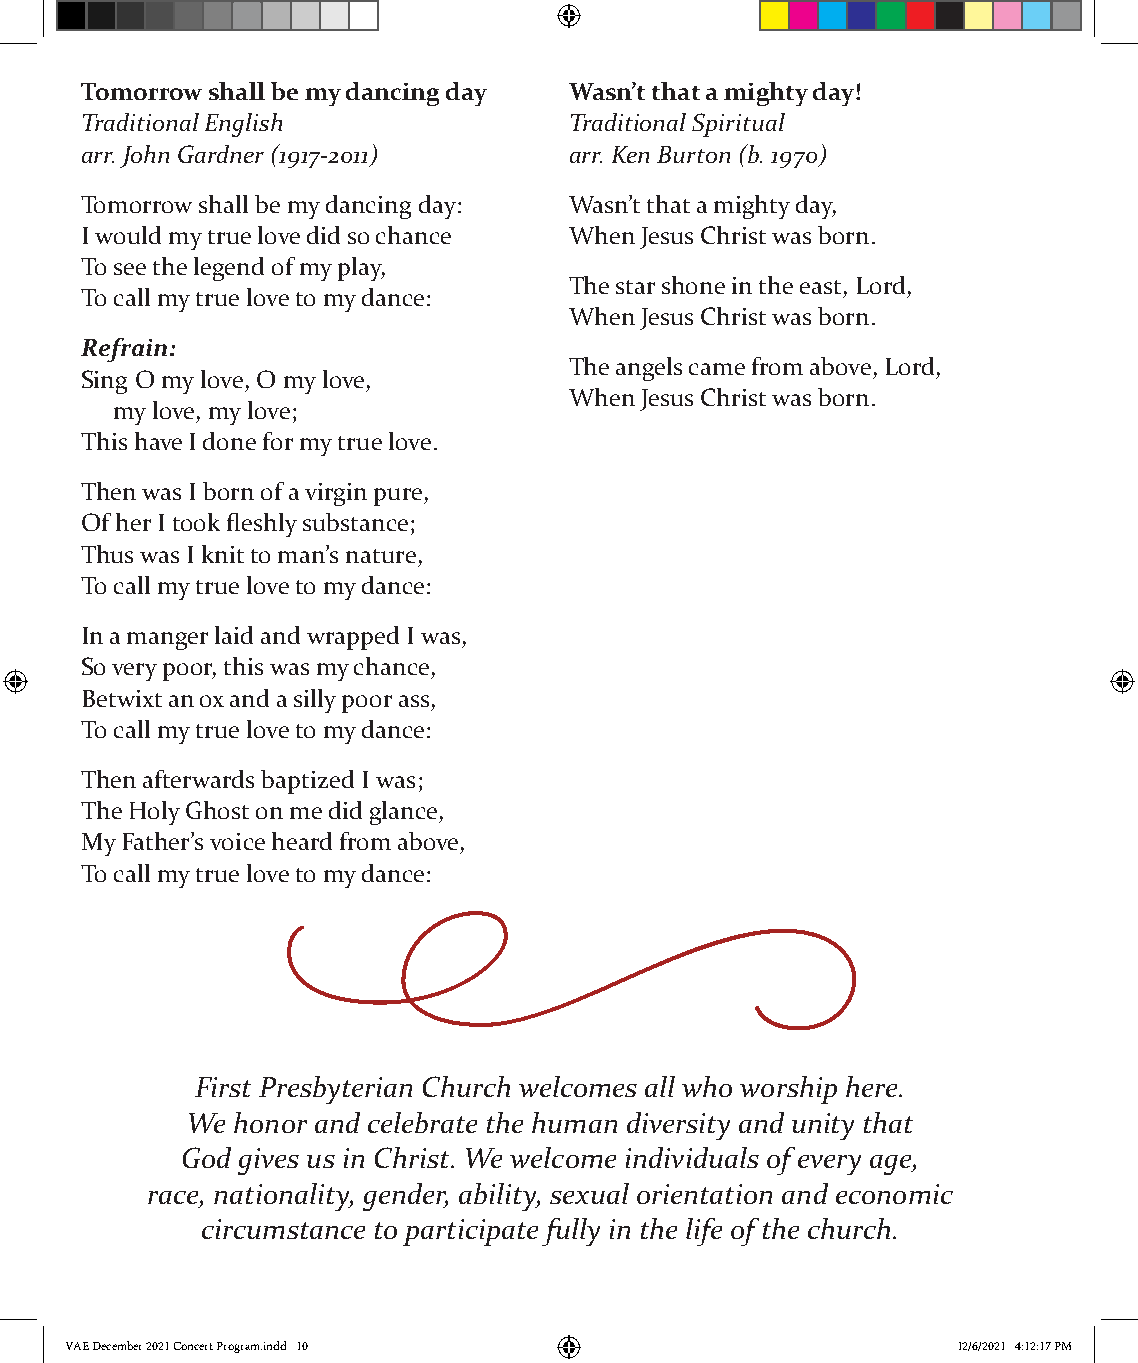
Tomorrow shall be my dancing day Wasn’t that a mighty day!
 Traditional English              Traditional Spiritual
 arr. John Gardner (1917-2011)    arr. Ken Burton (b. 1970)
 Tomorrow shall be my dancing day: Wasn’t that a mighty day,
 I would my true love did so chance When Jesus Christ was born.
 To see the legend of my play,
 The star shone in the east, Lord,
 To call my true love to my dance:
 When Jesus Christ was born.
 Refrain:
 The angels came from above, Lord,
 Sing O my love, O my love,
 When Jesus Christ was born.
 my love, my love;
 This have I done for my true love.
 Then was I born of a virgin pure,
 Of her I took fleshly substance;
 Thus was I knit to man’s nature,
 To call my true love to my dance:
 In a manger laid and wrapped I was,
 So very poor, this was my chance,
 Betwixt an ox and a silly poor ass,
 To call my true love to my dance:
 Then afterwards baptized I was;
 The Holy Ghost on me did glance,
 My Father’s voice heard from above,
 To call my true love to my dance:
 O
 First Presbyterian Church welcomes all who worship here.
 We honor and celebrate the human diversity and unity that
 God gives us in Christ. We welcome individuals of every age,
 race, nationality, gender, ability, sexual orientation and economic
 circumstance to participate fully in the life of the church.
 VVAAEE DDeecceemmbbeerr 22002211 CCoonncceerrtt PPrrooggrraamm..iinndddd 1100 1122//66//22002211 44::1122::1177 PPMM